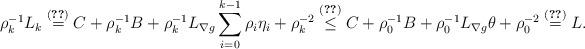
LaTeX: \begin{align*}\rho_k^{-1}L_k\overset{\eqref{conic-L} }{=}C+\rho_k^{-1}B+\rho_k^{-1}L_{\nabla g}\sum_{i=0}^{k-1}\rho_i\eta_i+\rho_k^{-2}\overset{\eqref{def1}}{\leq} C+\rho_0^{-1}B+\rho_0^{-1}L_{\nabla g}\theta+\rho_0^{-2}\overset{\eqref{def2}}{=}L.\end{align*}